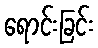
ရောင်းခြင်း